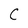
Character: C